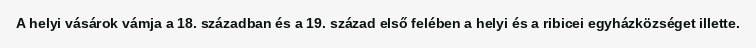
A helyi vásárok vámja a 18. században és a 19. század első felében a helyi és a ribicei egyházközséget illette.